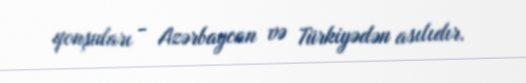
qonşuları - Azərbaycan və Türkiyədən asılıdır.